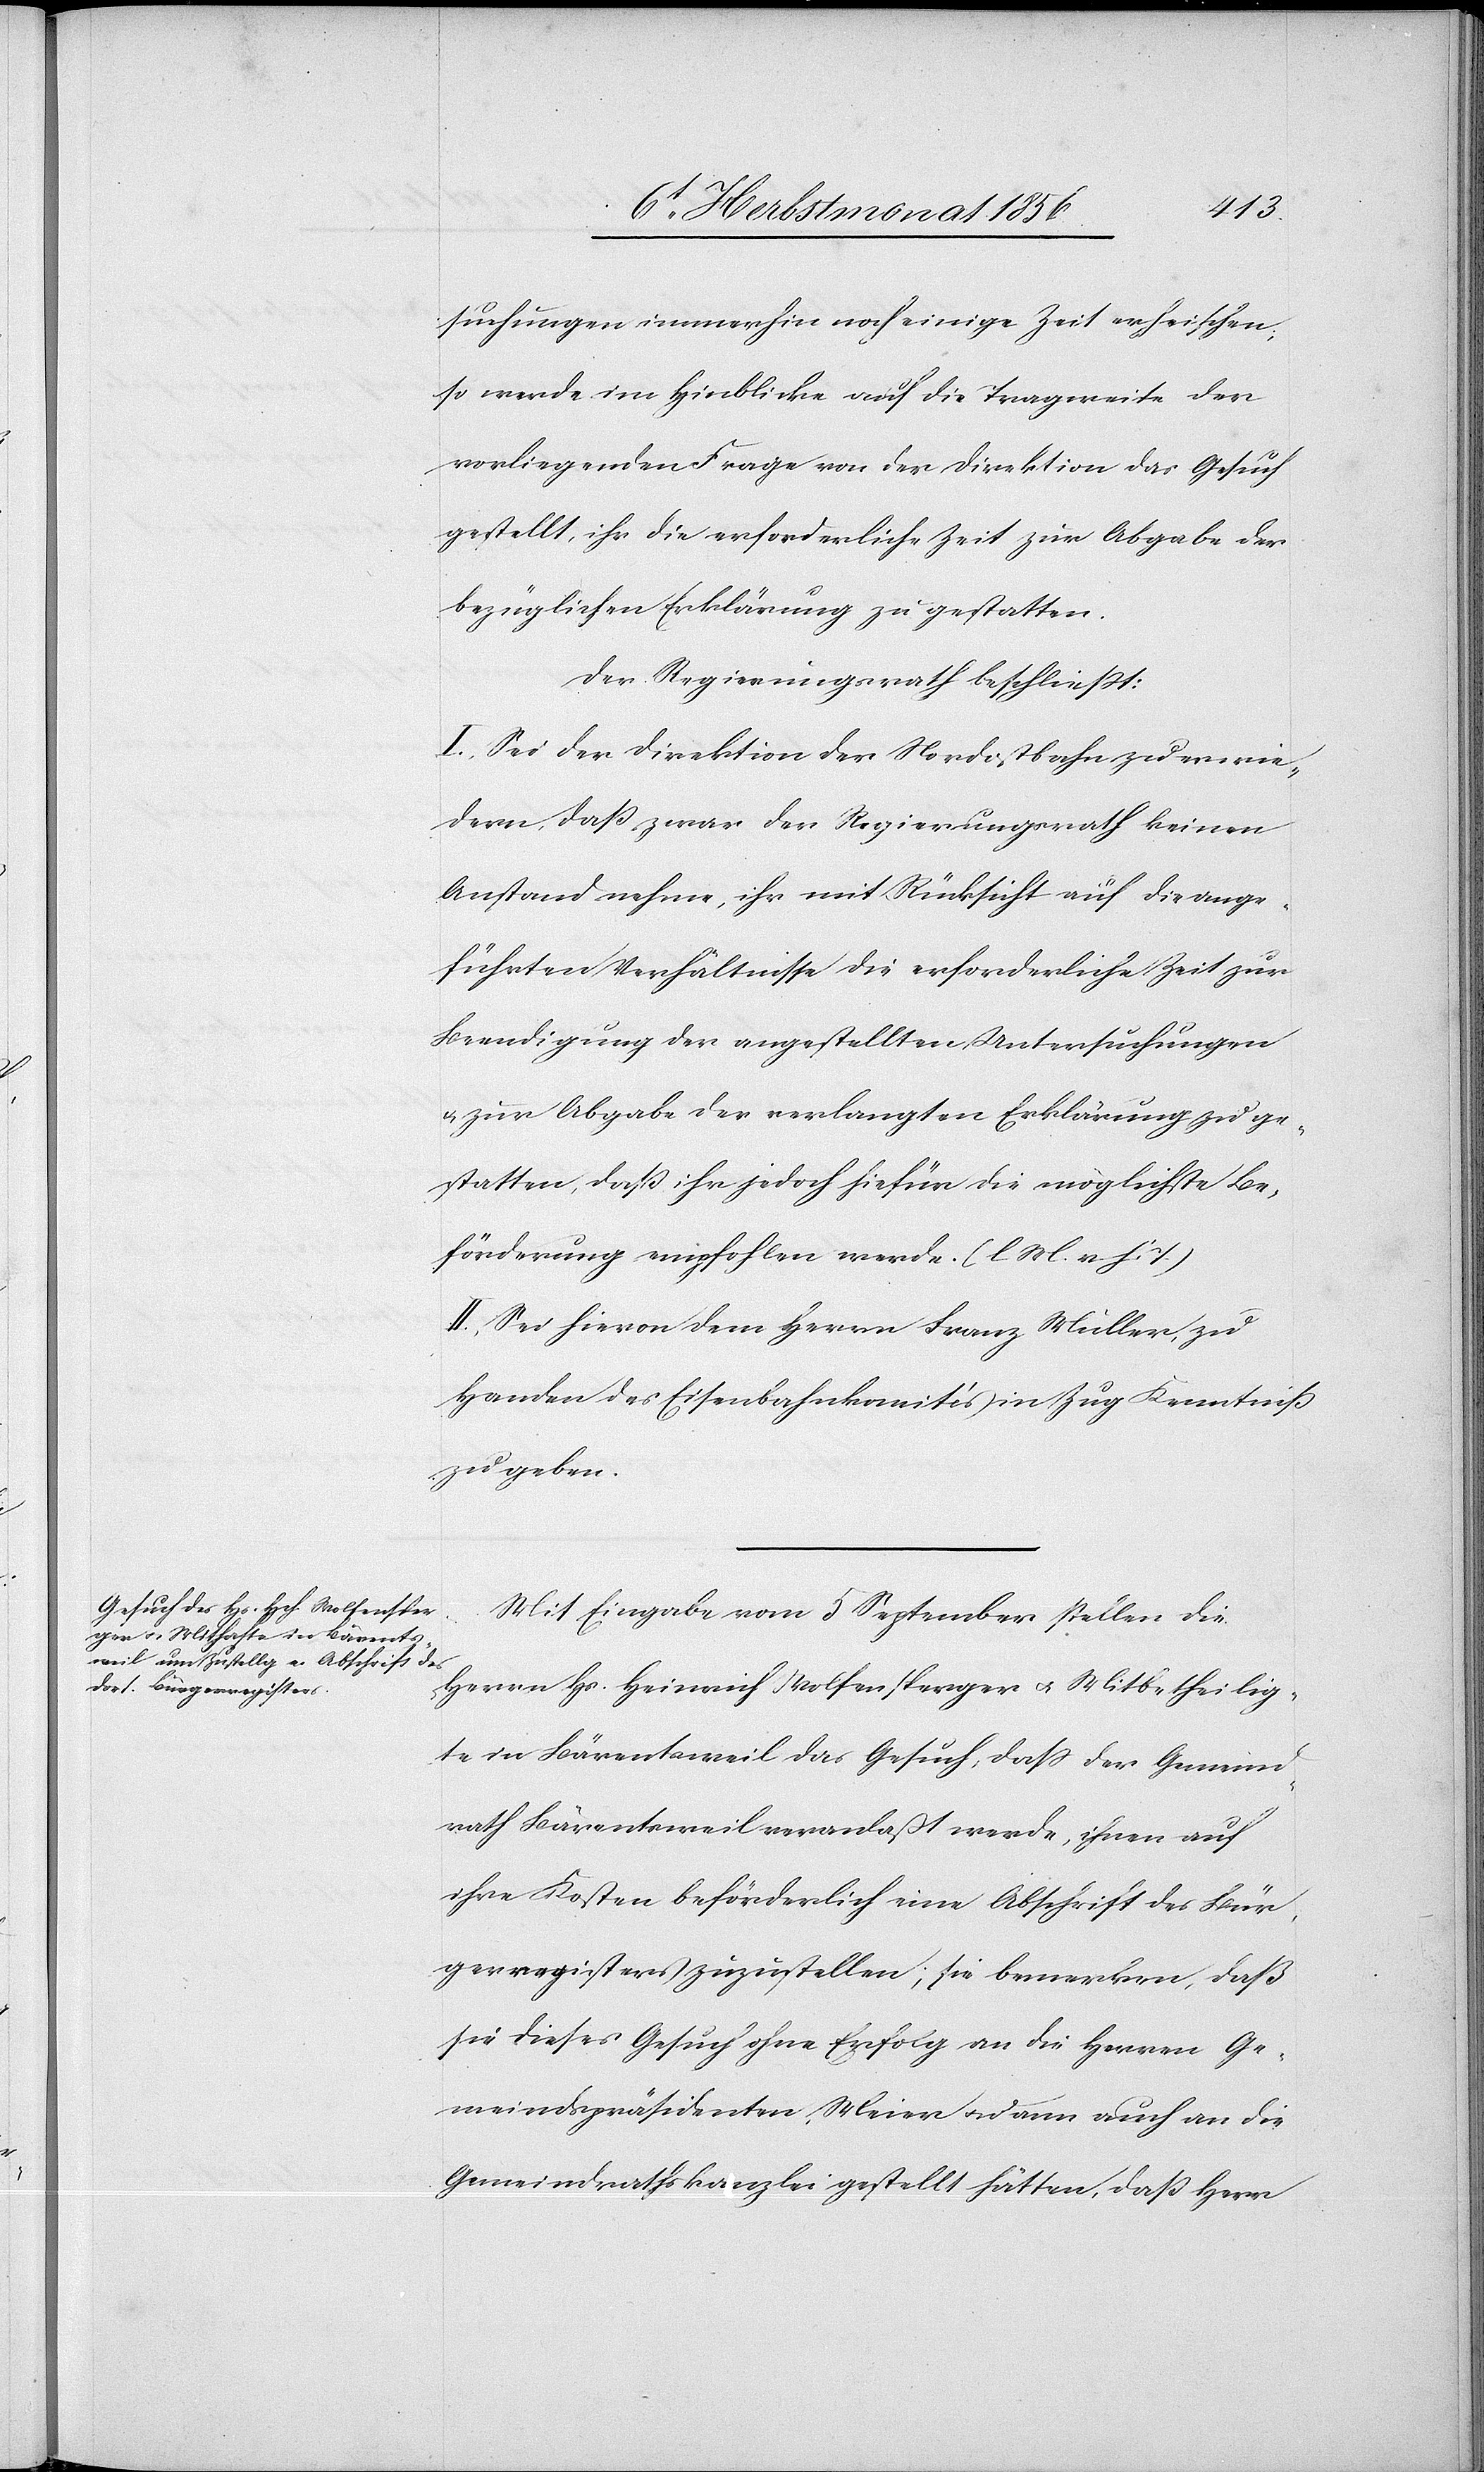
suchungen immerhin noch einige Zeit erheischen;
so werde im Hinblicke auf die Tragweite der
vorliegenden Frage von der Direktion das Gesuch
gestellt, ihr die erforderliche Zeit zur Abgabe der
bezüglichen Erklärung zu gestatten.
Der Regierungsrath beschliesst:
I.) Sei der Direktion der Nordostbahn zu erwie¬
dern, dass zwar der Regierungsrath keinen
Anstand nehme, ihr mit Rücksicht auf die ange¬
führten Verhältnisse die erforderliche Zeit zur
Beendigung der angestellten Untersuchungen
u. zur Abgabe der verlangten Erklärungen zu ge¬
statten, dass ihr jedoch hiefür die möglichste Be¬
förderung empfohlen werde. (l M. v. h. T.)
II.) Sei hievon dem Herrn Franz Müller, zu
Handen des Eisenbahnkomités in Zug Kenntniss
zu geben.
Mit Eingabe vom 5 September stellen die
Herrn Hs. Heinrich Wolfensperger u. Mitbetheilig¬
te in Bärentsweil das Gesuch, dass der Gemeind¬
rath Bärentsweil veranlaßt werde, ihnen auf
ihre Kosten beförderlich eine Abschrift des Bür¬
gerregisters zuzustellen; sie bemerken, daß
sie dieses Gesuch ohne Erfolg an die Herren Ge¬
meindspräsidenten, Meier u. dann auch an die
Gemeindrathskanzlei gestellt hätten, dass Herr